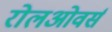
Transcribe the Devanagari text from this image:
रोलओवर्स